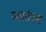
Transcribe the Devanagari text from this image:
स्मार्तकर्म